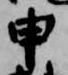
申